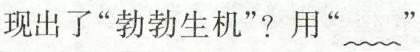
现出了”勃勃生机”?用”～～ ”